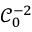
\ensuremath { \mathcal { C } } _ { 0 } ^ { - 2 }